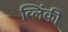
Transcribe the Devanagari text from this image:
ब्लिंकी